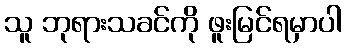
သူ ဘုရားသခင်ကို ဖူးမြင်ရမှာပါ